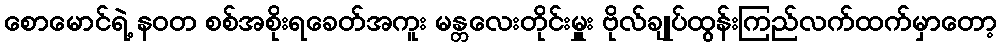
စောမောင်ရဲ့ နဝတ စစ်အစိုးရခေတ်အကူး မန္တလေးတိုင်းမှူး ဗိုလ်ချုပ်ထွန်းကြည်လက်ထက်မှာတော့